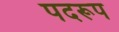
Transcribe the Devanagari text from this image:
पदरूप